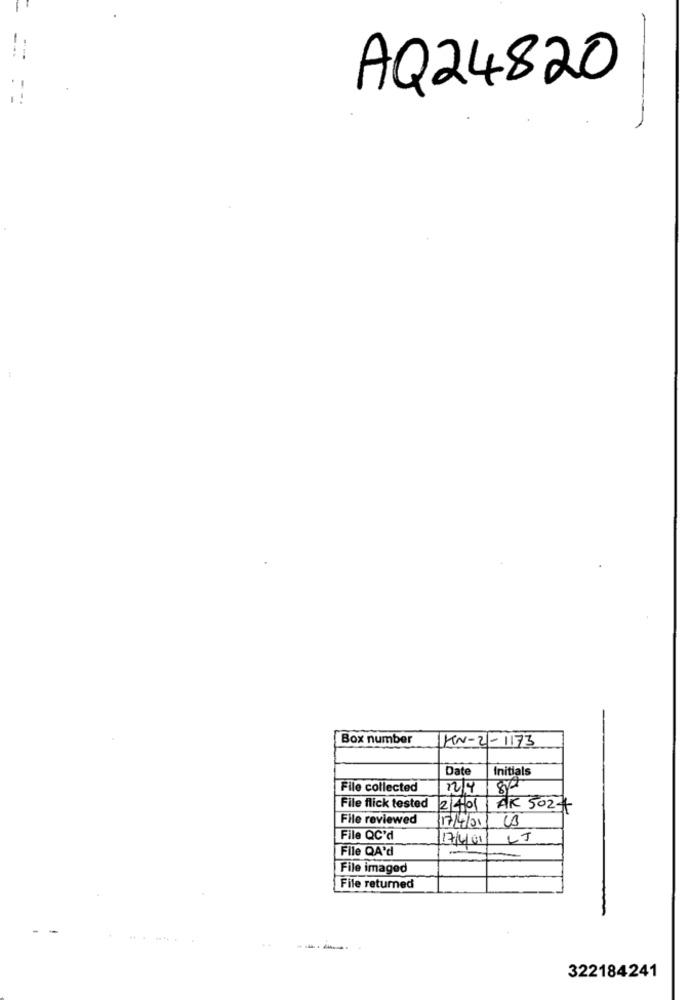
AQ24820
Box number
KN-2-1173
Date
Initials
File collected
File flick tested
240
AK 502
File reviewed
17/4/21
File QC'd
17/4/01
LJ
File QA'd
File imaged
File returned
322184241